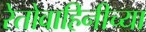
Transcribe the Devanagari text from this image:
रेतोवाहिनीच्या